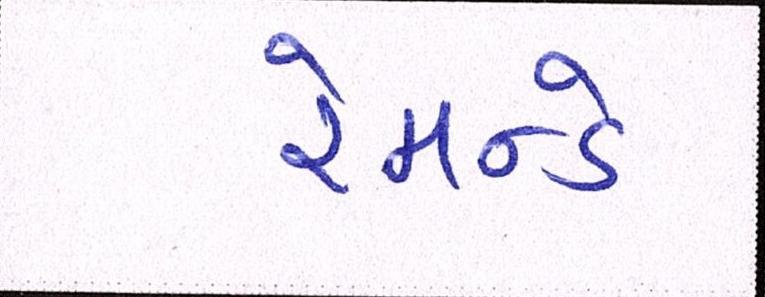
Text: રેમન્ડે